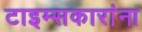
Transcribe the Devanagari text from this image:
टाइम्सकारांना